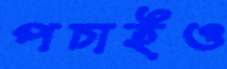
পচাইও